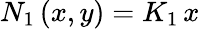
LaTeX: N_{1}\left(x,y\right)=K_{1}\, x